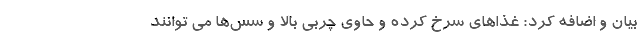
بیان و اضافه کرد: غذاهای سرخ کرده و حاوی چربی بالا و سس‌ها می ‌توانند